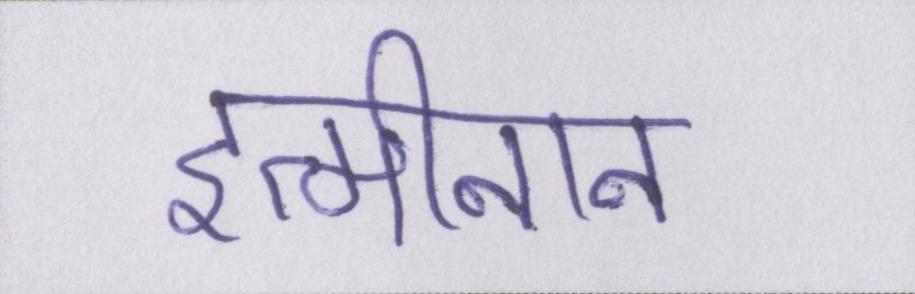
इत्मीनान